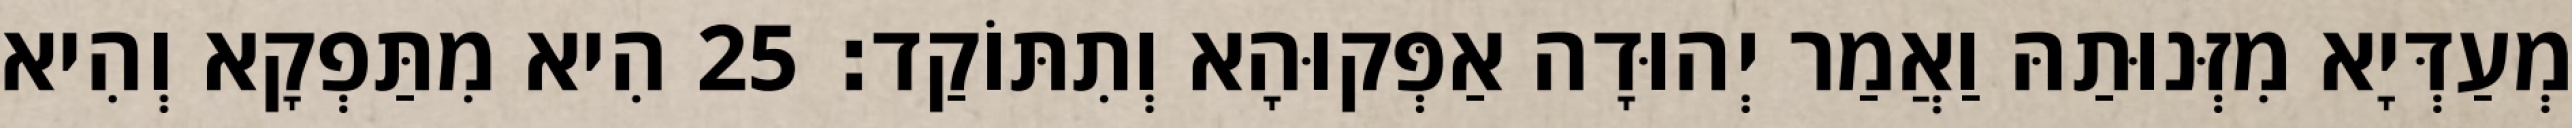
מְעַדְּיָא מִזְּנוּתַהּ וַאֲמַר יְהוּדָה אַפְּקוּהָא וְתִתּוֹקַד׃ 25 הִיא מִתַּפְקָא וְהִיא